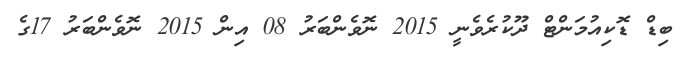
ބިޑް ޑޮކިއުމަންޓް ދޫކުރެވެނީ 2015 ނޮވެންބަރު 08 އިން 2015 ނޮވެންބަރު 17ގެ